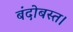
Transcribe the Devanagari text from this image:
बंदोबस्त।